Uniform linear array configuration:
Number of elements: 4
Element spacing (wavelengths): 0.25
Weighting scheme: hann
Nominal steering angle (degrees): -30
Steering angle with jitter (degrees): -28.452
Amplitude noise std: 0.05
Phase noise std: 0.05

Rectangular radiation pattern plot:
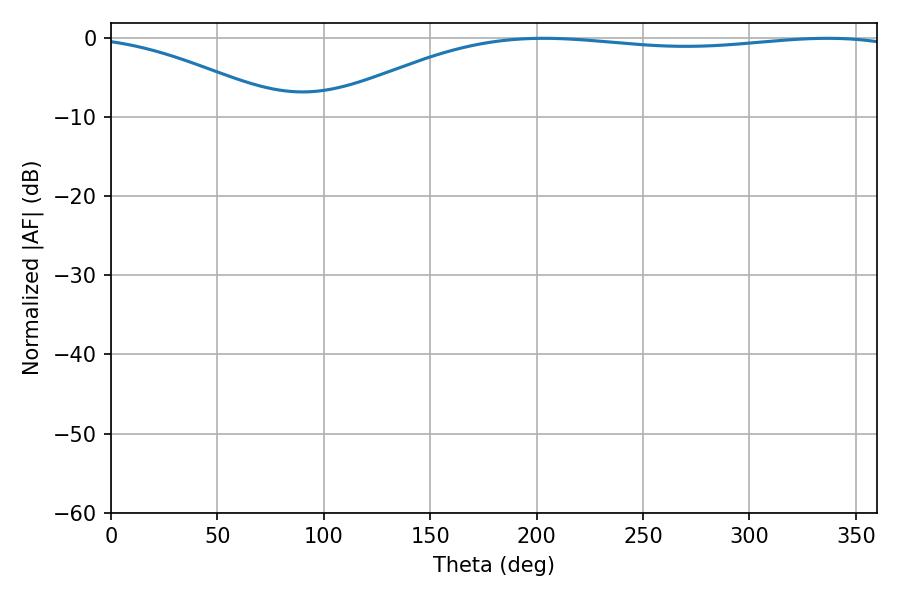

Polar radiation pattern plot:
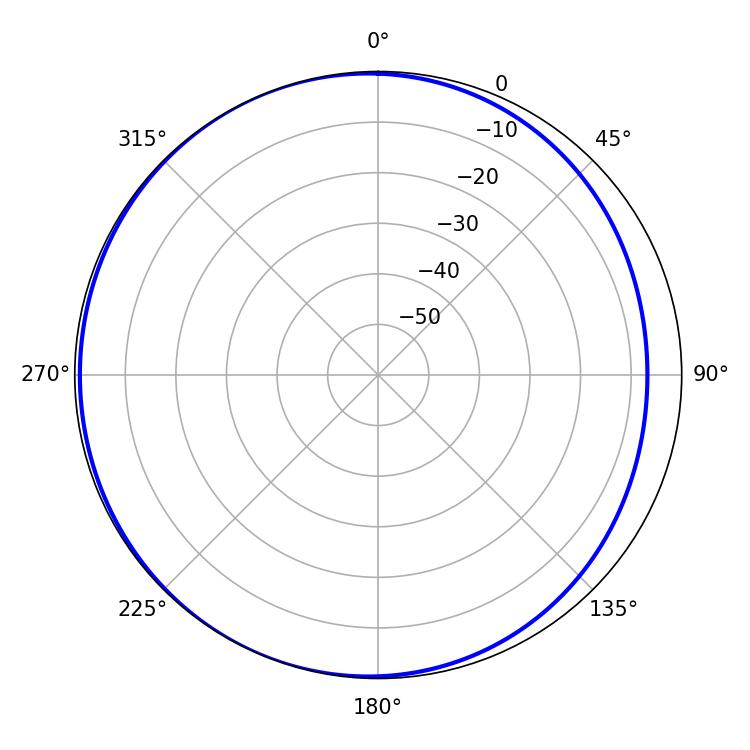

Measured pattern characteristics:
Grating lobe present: FALSE
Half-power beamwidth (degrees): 217.08
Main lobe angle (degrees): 203.22